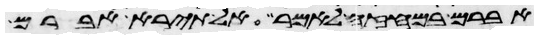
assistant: אברם במחזה לאמר אל תירא אברם